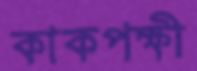
কাকপক্ষী